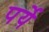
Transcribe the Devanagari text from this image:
पर्ये